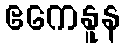
ဧကေနူန